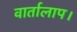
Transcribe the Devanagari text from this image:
वार्तालाप।